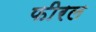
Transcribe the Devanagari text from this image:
फीरल